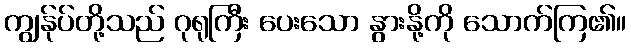
ကျွန်ုပ်တို့သည် ဂုရုကြီး ပေးသော နွားနို့ကို သောက်ကြ၏။